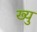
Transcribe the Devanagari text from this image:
ख्यु